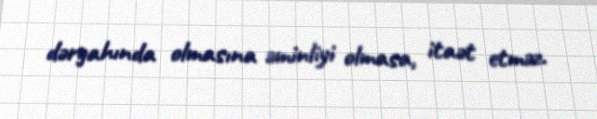
dərgahında olmasına əminliyi olmasa, itaət etməz.